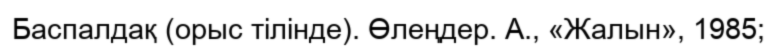
Баспалдақ (орыс тілінде). Өлеңдер. А., «Жалын», 1985;